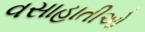
વસાહાતીઓ